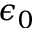
\epsilon _ { 0 }